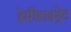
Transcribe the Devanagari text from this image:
हेमीहाइड्रेट